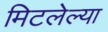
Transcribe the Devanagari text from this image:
मिटलेल्या